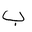
Letter: _ba